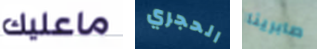
ماعليك الحجري صابرينا